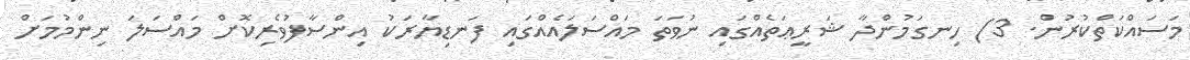
މަސައްކަތްކުރުން. 3) ހިނގަމުންދާ ޝަރީޢަތެއްގައި ނުވަތަ މައްސަލައެއްގައި ފަނޑިޔާރަކު އިންސާފުވެރިކޮށް މައްސަލަ ނިންމުމަށް